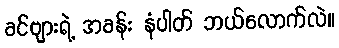
ခင်ဗျားရဲ့ အခန်း နံပါတ် ဘယ်လောက်လဲ။